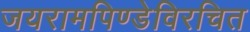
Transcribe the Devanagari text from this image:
जयरामपिण्डेविरचित